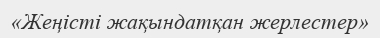
«Жеңісті жақындатқан жерлестер»